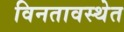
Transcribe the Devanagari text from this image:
विनतावस्थेत